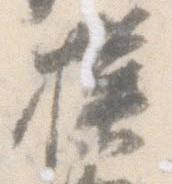
模